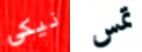
نيكى تمس